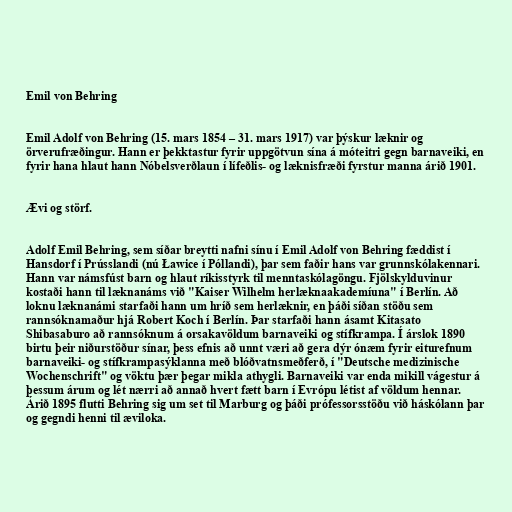
Emil von Behring

Emil Adolf von Behring (15. mars 1854 – 31. mars 1917) var þýskur læknir og
örverufræðingur. Hann er þekktastur fyrir uppgötvun sína á móteitri gegn barnaveiki, en
fyrir hana hlaut hann Nóbelsverðlaun í lífeðlis- og læknisfræði fyrstur manna árið 1901.

Ævi og störf.

Adolf Emil Behring, sem síðar breytti nafni sínu í Emil Adolf von Behring fæddist í
Hansdorf í Prússlandi (nú Ławice í Póllandi), þar sem faðir hans var grunnskólakennari.
Hann var námsfúst barn og hlaut ríkisstyrk til menntaskólagöngu. Fjölskylduvinur
kostaði hann til læknanáms við "Kaiser Wilhelm herlæknaakademíuna" í Berlín. Að
loknu læknanámi starfaði hann um hríð sem herlæknir, en þáði síðan stöðu sem
rannsóknamaður hjá Robert Koch í Berlín. Þar starfaði hann ásamt Kitasato
Shibasaburo að rannsóknum á orsakavöldum barnaveiki og stífkrampa. Í árslok 1890
birtu þeir niðurstöður sínar, þess efnis að unnt væri að gera dýr ónæm fyrir eiturefnum
barnaveiki- og stífkrampasýklanna með blóðvatnsmeðferð, í "Deutsche medizinische
Wochenschrift" og vöktu þær þegar mikla athygli. Barnaveiki var enda mikill vágestur á
þessum árum og lét nærri að annað hvert fætt barn í Evrópu létist af völdum hennar.
Árið 1895 flutti Behring sig um set til Marburg og þáði prófessorsstöðu við háskólann þar
og gegndi henni til æviloka.